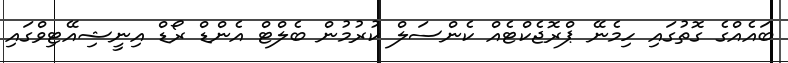
ބައެއްގެ ގޮތުގައި ހިމެނޭ ޕްރޮޖެކްޓެއް ކެންސަލް ކުރުމުން ބެލްޓް އެންޑް ރޯޑް އިނީޝިއޭޓިވްގައި